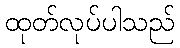
ထုတ်လုပ်ပါသည်